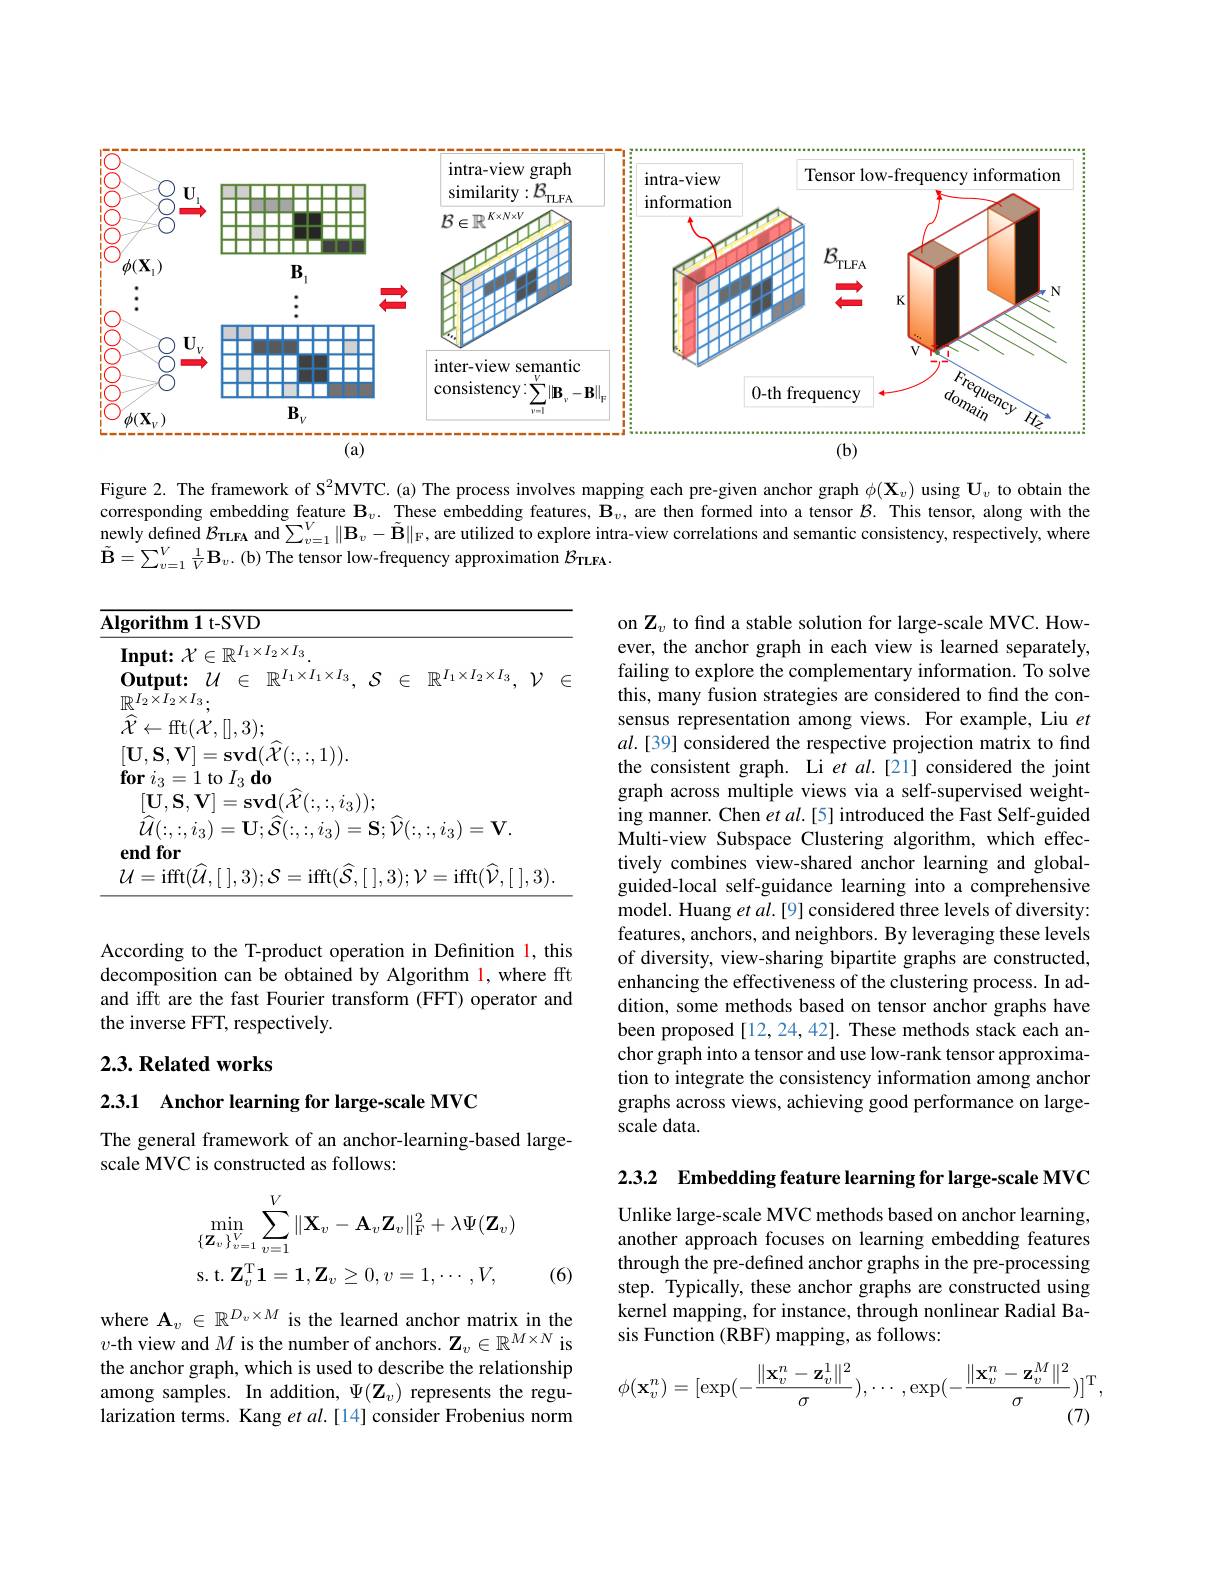
<FigureHere>

Figure 2. The framework of S$^{2}$MVTC.(a) The process involves mapping each pre-given anchor graph $\phi(\mathbf{X}_v)$ using $\mathbf{U}_v$ to obtain the corresponding embedding feature $\mathbf{B}_v.$ These embedding features, $\mathbf{B}_v$, are then formed into a tensor $\mathcal{B}.$ This tensor, along with the newly defined $\mathcal{B}_\mathrm{TLFA}$ and $\sum_v=1^V\|\mathbf{B}_v-\tilde{\mathcal{B}}\|_{\mathcal{F}}$ are utilized to explore intra-view correlations and semantic consistency, respectively, where $\tilde{\mathbf{B}}=\sum_{v=1}^{V}\frac{1}{V}\mathbf{B}_{v}.$(b) The tensor low-frequency approximation $\mathcal{B}_{\mathrm{TLEA}}.$

on $\mathbf{Z}_v$ to find a stable solution for large-scale MVC. However, the anchor graph in each view is learned separately, failing to explore the complementary information. To solve this, many fusion strategies are considered to find the consensus representation among views. For example, Liu $et$ $al.[39]$ considered the respective projection matrix to find the consistent graph. Li et al.[21] considered the joint graph across multiple views via a self-supervised weighting manner. Chen et al.[5] introduced the Fast Self-guided Multi-view Subspace Clustering algorithm, which effectively combines view-shared anchor learning and globalguided-local self-guidance learning into a comprehensive model. Huang et al.[9] considered three levels of diversity: features, anchors, and neighbors. By leveraging these levels of diversity, view-sharing bipartite graphs are constructed, enhancing the effectiveness of the clustering process. In addition, some methods based on tensor anchor graphs have been proposed [12,24,42]. These methods stack each anchor graph into a tensor and use low-rank tensor approximation to integrate the consistency information among anchor graphs across views, achieving good performance on largescale data.

According to the T-product operation in Definition l, this decomposition can be obtained by Algorithm 1, where fft and ifft are the fast Fourier transform (FFT) operator and the inverse FFT, respectively.

## $2. 3. \textbf{ Related works}$

2.3.1 Anchor learning for large-scale MVC

The general framework of an anchor-learning-based large-
scale MVC is constructed as follows:

2.3.2 Embedding feature learning for large-scale MVC
$$\begin{aligned}&\min_{\{\mathbf{Z}_{v}\}_{v=1}^{V}}\sum_{v=1}^{V}\|\mathbf{X}_{v}-\mathbf{A}_{v}\mathbf{Z}_{v}\|_{\mathrm{F}}^{2}+\lambda\Psi(\mathbf{Z}_{v})\\&\mathrm{s.t.}\:\mathbf{Z}_{v}^{\mathrm{T}}\mathbf{1}=\mathbf{1},\mathbf{Z}_{v}\geq0,v=1,\cdots,V,\end{aligned}$$
(6)

Unlike large-scale MVC methods based on anchor learning, another approach focuses on learning embedding features through the pre-defined anchor graphs in the pre-processing step. Typically, these anchor graphs are constructed using kernel mapping, for instance, through nonlinear Radial Basis Function (RBF) mapping, as follows:

where $\mathbf{A}_v\in\mathbb{R}^{D_v\times M}$ is the learned anchor matrix in the $v$-th view and $M$ is the number of anchors. $\mathbf{Z}_v\in\mathbb{R}^{M\times N}$ is the anchor graph, which is used to describe the relationship among samples. In addition, $\Psi(\mathbf{Z}_v)$ represents the regularization terms. Kang et $al.[14]$ consider Frobenius norm
$$\phi(\mathbf{x}_v^n)=[\exp(-\frac{\|\mathbf{x}_v^n-\mathbf{z}_v^1\|^2}{\sigma}),\cdots,\exp(-\frac{\|\mathbf{x}_v^n-\mathbf{z}_v^M\|^2}{\sigma})]^\mathrm{T},$$
(7)